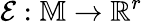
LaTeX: \mathcal{E}:\mathbb{M}\rightarrow\mathbb{R}^{r}